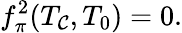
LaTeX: f_{\pi}^{2}(T_{\mathcal{C}},T_{0})=0.